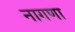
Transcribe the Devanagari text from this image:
नागणा